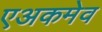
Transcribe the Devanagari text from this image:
एअकमेव